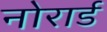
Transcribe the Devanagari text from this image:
नोरार्ड